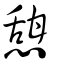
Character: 憇